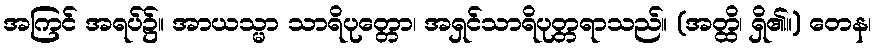
အကြင် အရပ်၌။ အာယသ္မာ သာရိပုတ္တော၊ အရှင်သာရိပုတ္တရာသည်။ (အတ္ထိ၊ ရှိ၏။) တေန၊